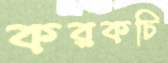
করকচি